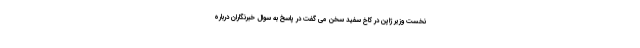
نخست وزیر ژاپن در کاخ سفید سخن می گفت در پاسخ به سوال خبرنگاران درباره